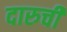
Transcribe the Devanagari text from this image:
दारुची